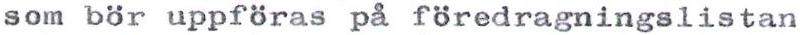
som bör uppföras på föredragningslistan